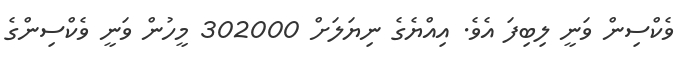
ވެކްސިން ވަނީ ލިބިފަ އެވެ. އިއްޔެގެ ނިޔަލަށް 302000 މީހުން ވަނީ ވެކްސިންގެ